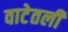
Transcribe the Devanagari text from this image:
वाटेतली